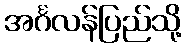
အင်္ဂလန်ပြည်သို့